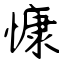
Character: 慷